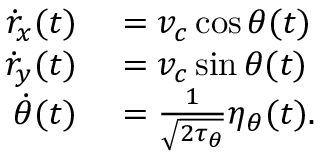
\begin{array} { r l } { \dot { r } _ { x } ( t ) } & { { } = v _ { c } \cos \theta ( t ) } \\ { \dot { r } _ { y } ( t ) } & { { } = v _ { c } \sin \theta ( t ) } \\ { \dot { \theta } ( t ) } & { { } = \frac { 1 } { \sqrt { 2 \tau _ { \theta } } } \eta _ { \theta } ( t ) . } \end{array}